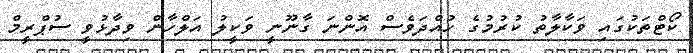
ކޯޓްތަކުގައި ވަކާލާތު ކުރުމުގެ ހުއްދަވެސް އޮންނަ ގާނޫނީ ވަކީލު އަލްހާން ވިދާޅުވީ ސުޕްރީމް